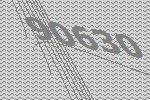
90630